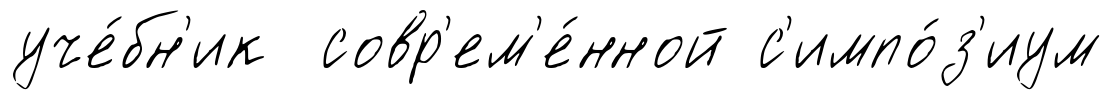
уче́бн'ик совр'ем'е́нной с'импо́з'иум